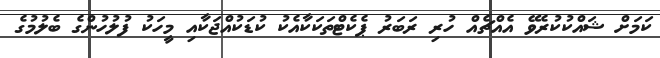
ކަމަށް ޝައްކުކުރެވޭ އެއްޗެއް ހުރި ރަބަރު ޕެކެޓްތަކަކާއެކު ކުޑަކުއްޖަކާއި މީހަކު ފުލުހުންގެ ބެލުމުގެ